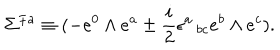
\Sigma ^ { { \mp } a } \equiv ( - e ^ { 0 } \wedge e ^ { a } \pm { \frac { i } { 2 } } \epsilon ^ { a } \, _ { b c } e ^ { b } \wedge e ^ { c } ) .